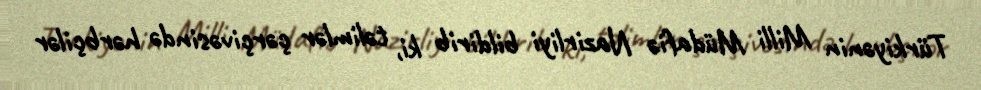
Türkiyənin Milli Müdafiə Nazirliyi bildirib ki, təlimlər çərçivəsində hərbçilər